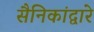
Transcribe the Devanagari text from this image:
सैनिकांद्वारे